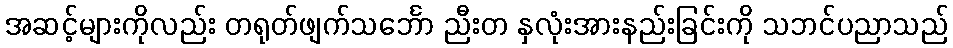
အဆင့်များကိုလည်း တရုတ်ဖျက်သင်္ဘော ညီးတ နှလုံးအားနည်းခြင်းကို သဘင်ပညာသည်